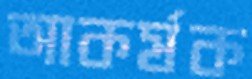
আকর্ষক